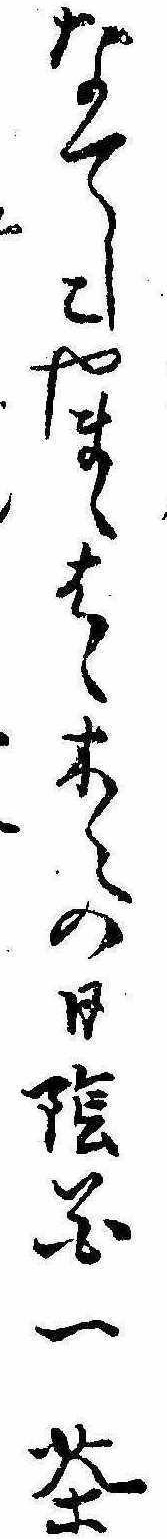
なてしこやまゝはゝ木々の日陰花一茶